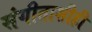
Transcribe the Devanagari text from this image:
संगीताशीही